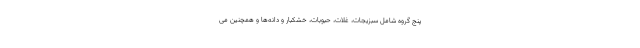
پنج گروه شامل سبزیجات، غلات، حبوبات، خشکبار و دانه‌ها و همچنین می